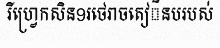
រីហ្វ្រេកសិន9រថេរាចតៀិនបរបស់